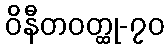
ဝိနီတဝတ္ထု-၇၀